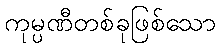
ကုမ္ပဏီတစ်ခုဖြစ်သော